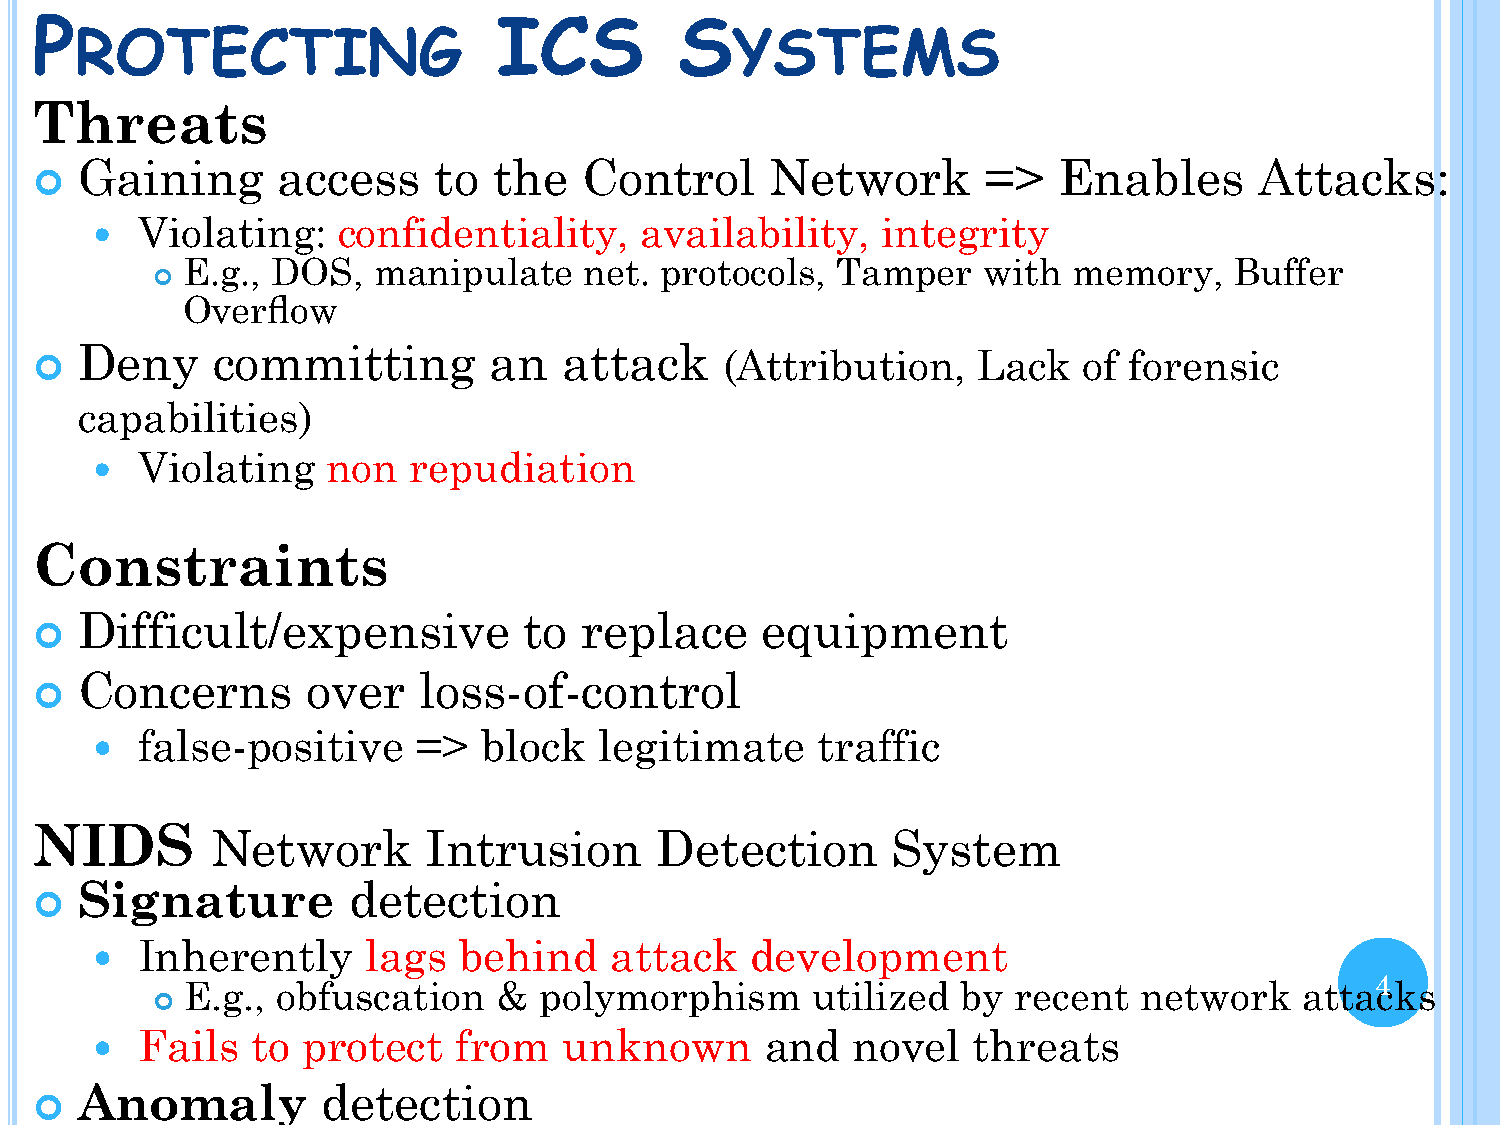
P                              ICS         S
 ROTECTING                                   YSTEMS
 Threats
 Gaining      access     to  the   Control     Network       =>   Enables      Attacks:
 
 Violating:   confidentiality,    availability,   integrity
 
 E.g., DOS,   manipulate    net. protocols, Tamper    with  memory,    Buffer
 
 Overflow
 Deny     committing        an   attack
                                              (Attribution,    Lack   of forensic
 capabilities)
 Violating    non  repudiation
 
 Constraints
 Difficult/expensive           to replace     equipment
 
 Concerns       over    loss-of-control
 
 false-positive     =>  block   legitimate    traffic
 
 NIDS
 Network       Intrusion      Detection       System
 Signature         detection
 
 Inherently     lags  behind    attack    development
 
 4
 E.g., obfuscation    &  polymorphism      utilized  by recent   network   attacks
 
 Fails   to protect   from   unknown       and  novel   threats
 
 Anomaly         detection
 
 Challenge:     avoid   high   number     of  false  positives
 